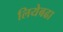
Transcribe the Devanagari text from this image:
लियेबढा